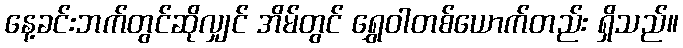
နေ့ခင်းဘက်တွင်ဆိုလျှင် အိမ်တွင် ရွှေဝါတစ်ယောက်တည်း ရှိသည်။